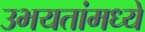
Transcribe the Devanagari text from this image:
उभयतांमध्ये